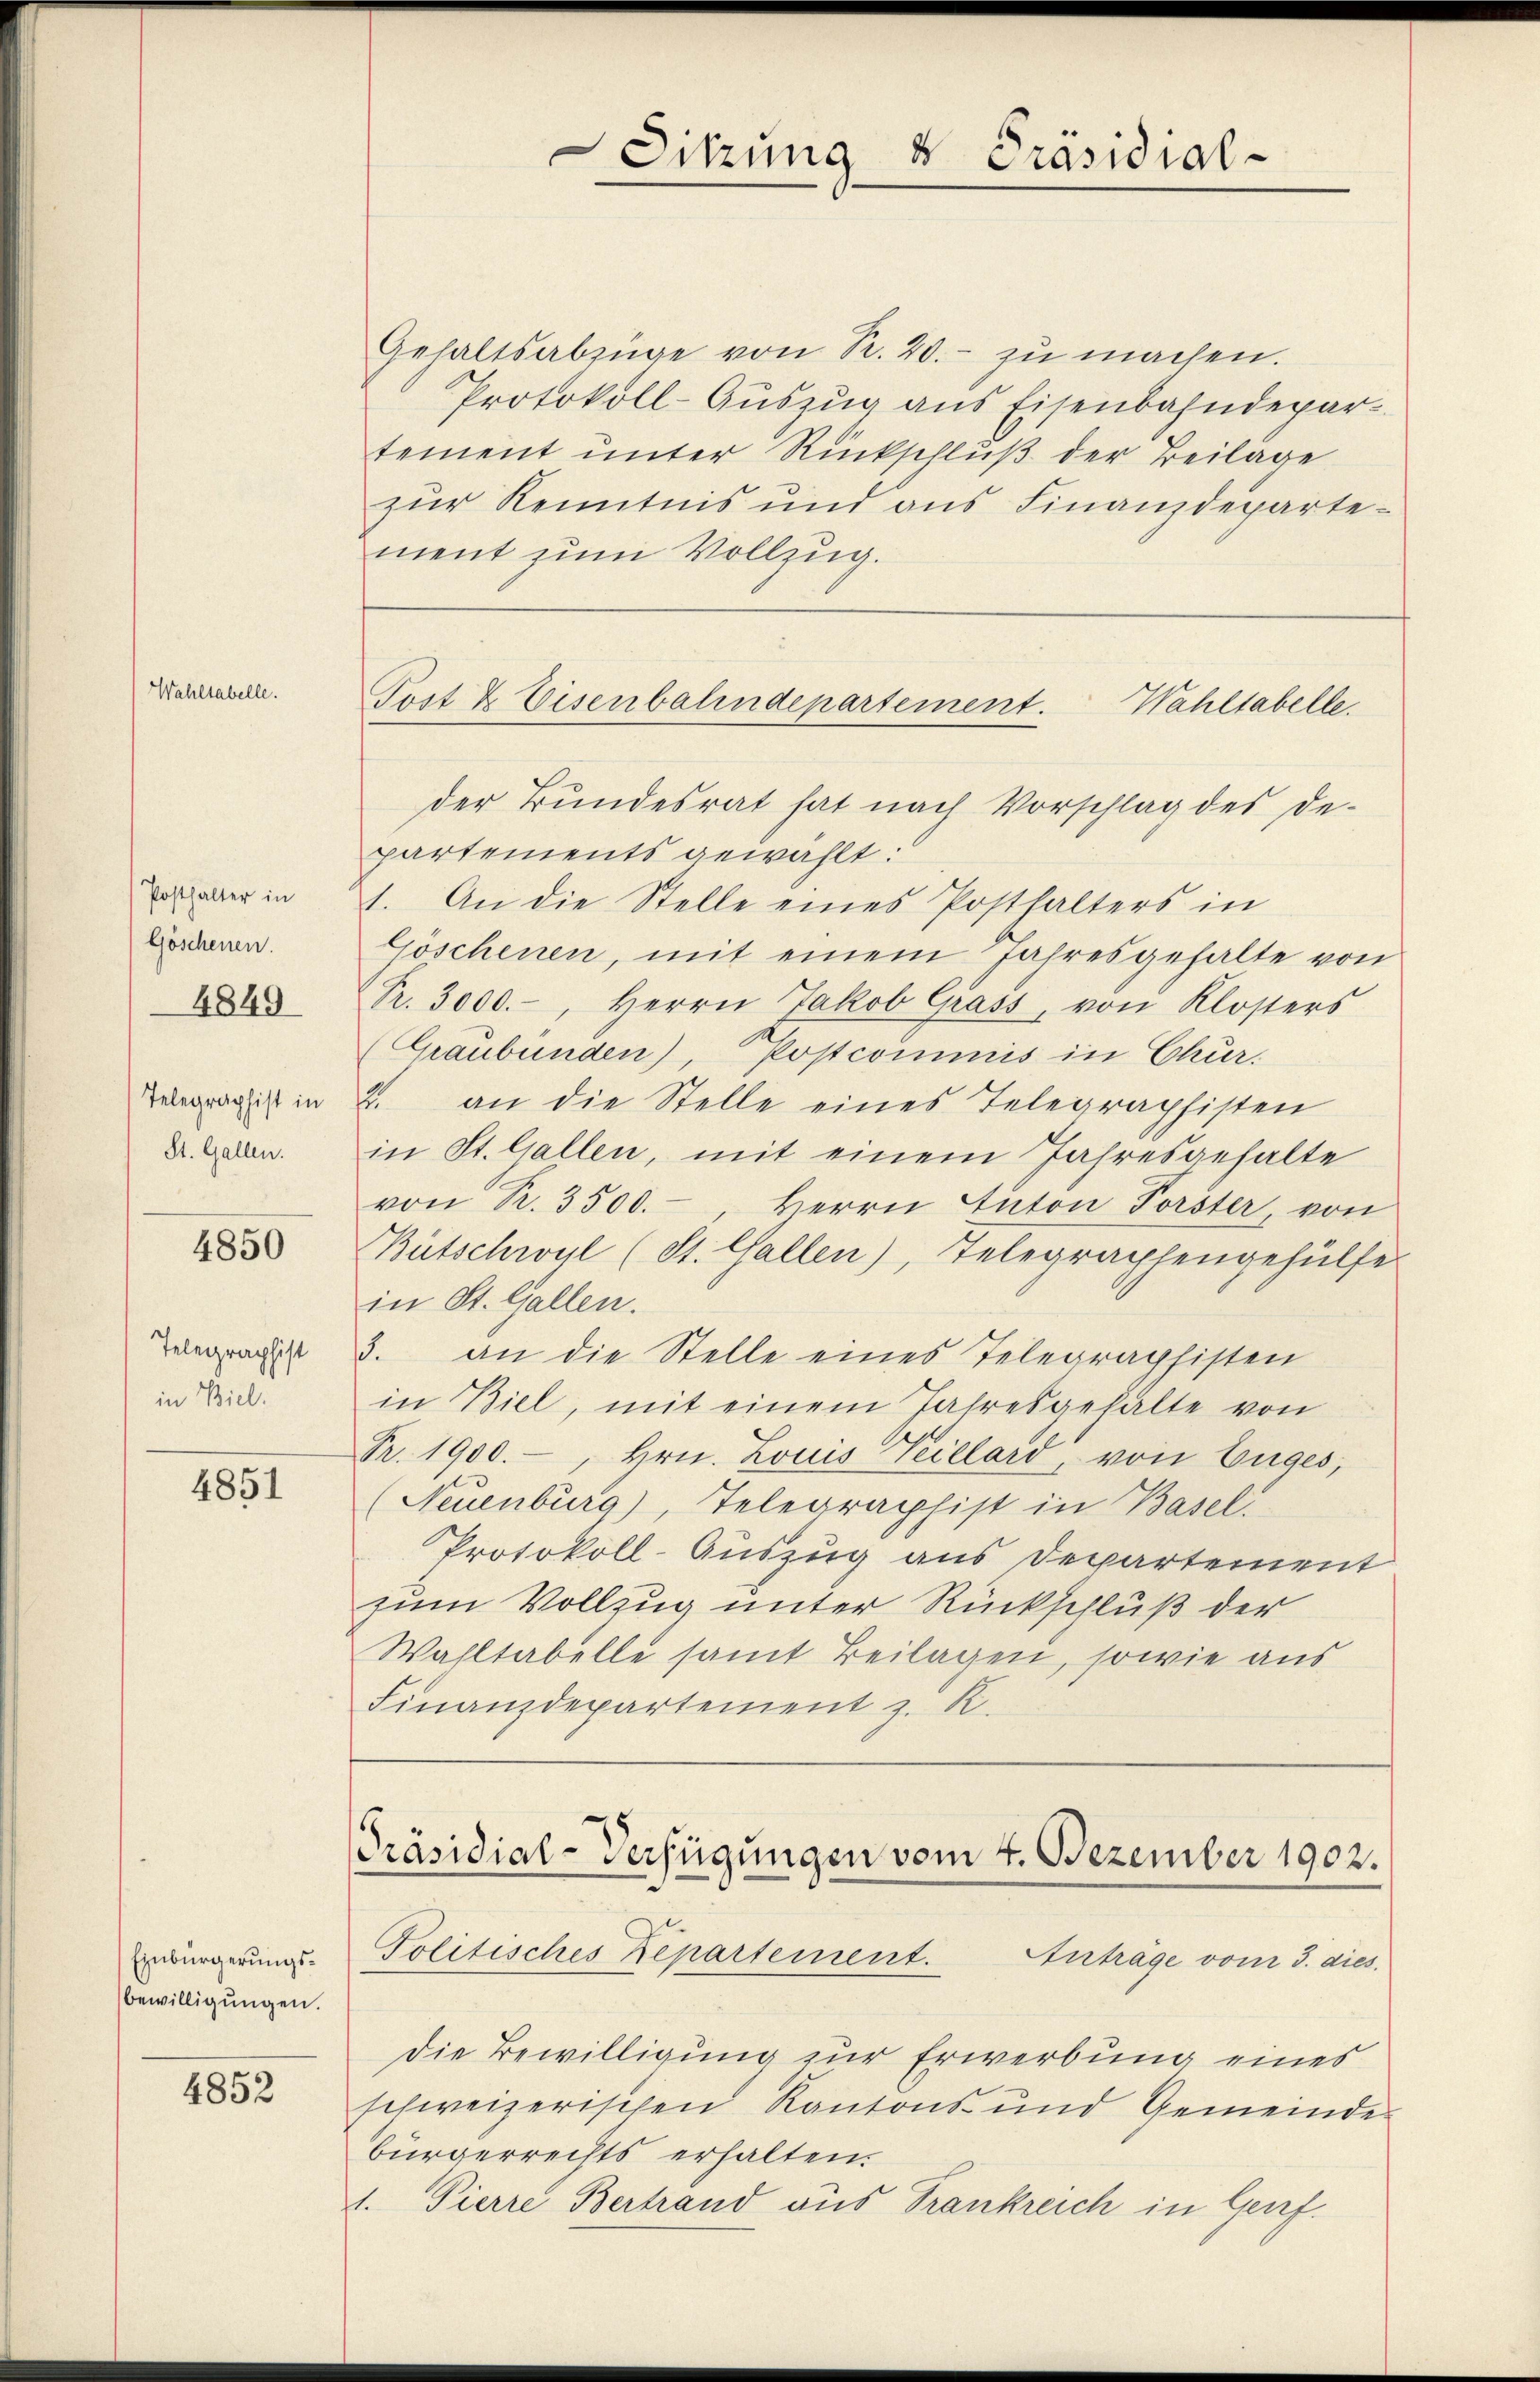
Wahltabelle.

Posthalter in
Göschenen.
4849

Telegraphist in
St. Gallen.

4850

Telegraphist
in Biel.

4851

Einbürgerungsbewilligungen.

4852

Sitzung & Präsidial-

Gehaltsabzüge von Sr. 20.- zŭ machen.
Protokoll-Auszug aus Eisenbahndepar-
tement unter Rückschluß der Beilage
zur Kenntnis und aus Finanzdepartement zum Vollzug.

Post & Eisenbahndepartement. Wahltabelle.

der Bundesrat hat nach Vorschlag des De-
partements gewählt:
1. An die Stelle eines Posthalters in
Göschenen, mit einem Jahresgehalte von
Pr. 3000.-, Herrn Jakob Grass, von Klosters
(Graubünden), Postcommis in Chur.
2. an die Stelle eines Telegraphisten
in St. Gallen, mit einem Jahresgehalte
von Sr. 3500.-, Herrn Anton Forster von
Bütschwyl (St. Gallen), Telegraphengehülfe.
in St. Gallen.
3. an die Stelle eines Telegraphisten
in Biel, mit einem Jahresgehalte von
Pr. 1900.-, Hrn. Louis Teillard, von Euges,
(Neuenburg), Telegraphist in Basel.
Protokoll-Auszug aus Departement
zum Vollzug unter Rückschluß der
Wahltabelle samt Beilagen, sowie aus
Finanzdepartement z. R.

[Präsidial-Verfügungen vom 4. Dezember 1902.
Politisches Repartement. Anträge vom 3. dies

die Bewilligung zur Erwerbung eines
schweizerischen Kantons- und Gemeinde
bürgerrechts erhalten.
1. Pierre Bertrand aus Trankreich in Genf.